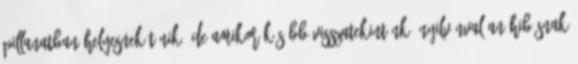
pillanatban helyesnek tűnik, de amikor később visszatekintünk, nyilvánvalóan hibásnak